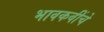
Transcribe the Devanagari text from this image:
भावकवींचे